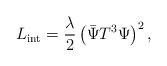
LaTeX: \begin{align*}L_{\rm int}= \frac{\lambda}{2} \left( \bar\Psi T^3\Psi\right)^2,\end{align*}